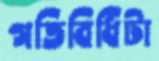
গতিবিধিটা